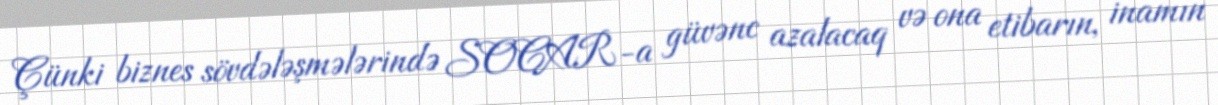
Çünki biznes sövdələşmələrində SOCAR-a güvənc azalacaq və ona etibarın, inamın